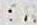
SR